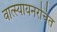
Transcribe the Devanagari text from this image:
वात्स्यायनरचित